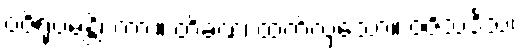
ဝဇိရုပမန္တိ၊ ကား။ တိခဏံ၊ ထက်လှသော။ ဝဇိသဒိသံ၊